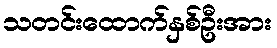
သတင်းထောက်နှစ်ဦးအား